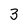
Character: 3